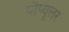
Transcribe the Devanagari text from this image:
पौप्यूलर